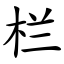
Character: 栏